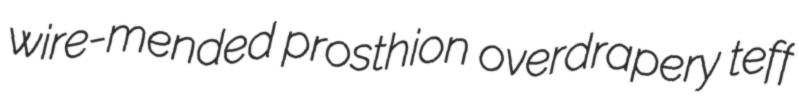
wire-mended prosthion overdrapery teff